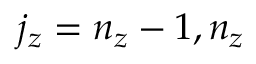
j _ { z } = n _ { z } - 1 , n _ { z }